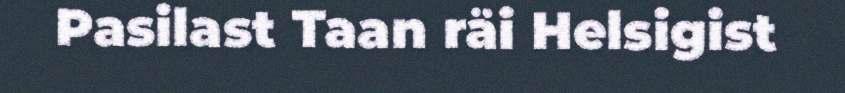
Pasilast Taan räi Helsigist